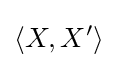
\left\langle X,X^{\prime }\right\rangle